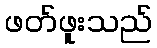
ဖတ်ဖူးသည်